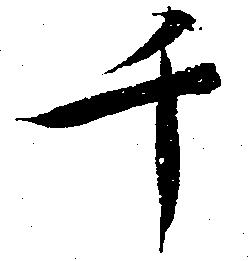
千